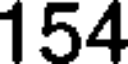
154